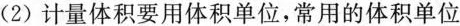
(2)计量体积要用体积单位，常用的体积单位